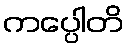
ကပ္ပေါတိ